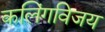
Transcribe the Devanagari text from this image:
कलिंगविजय